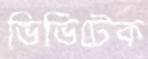
ভিভিটেক